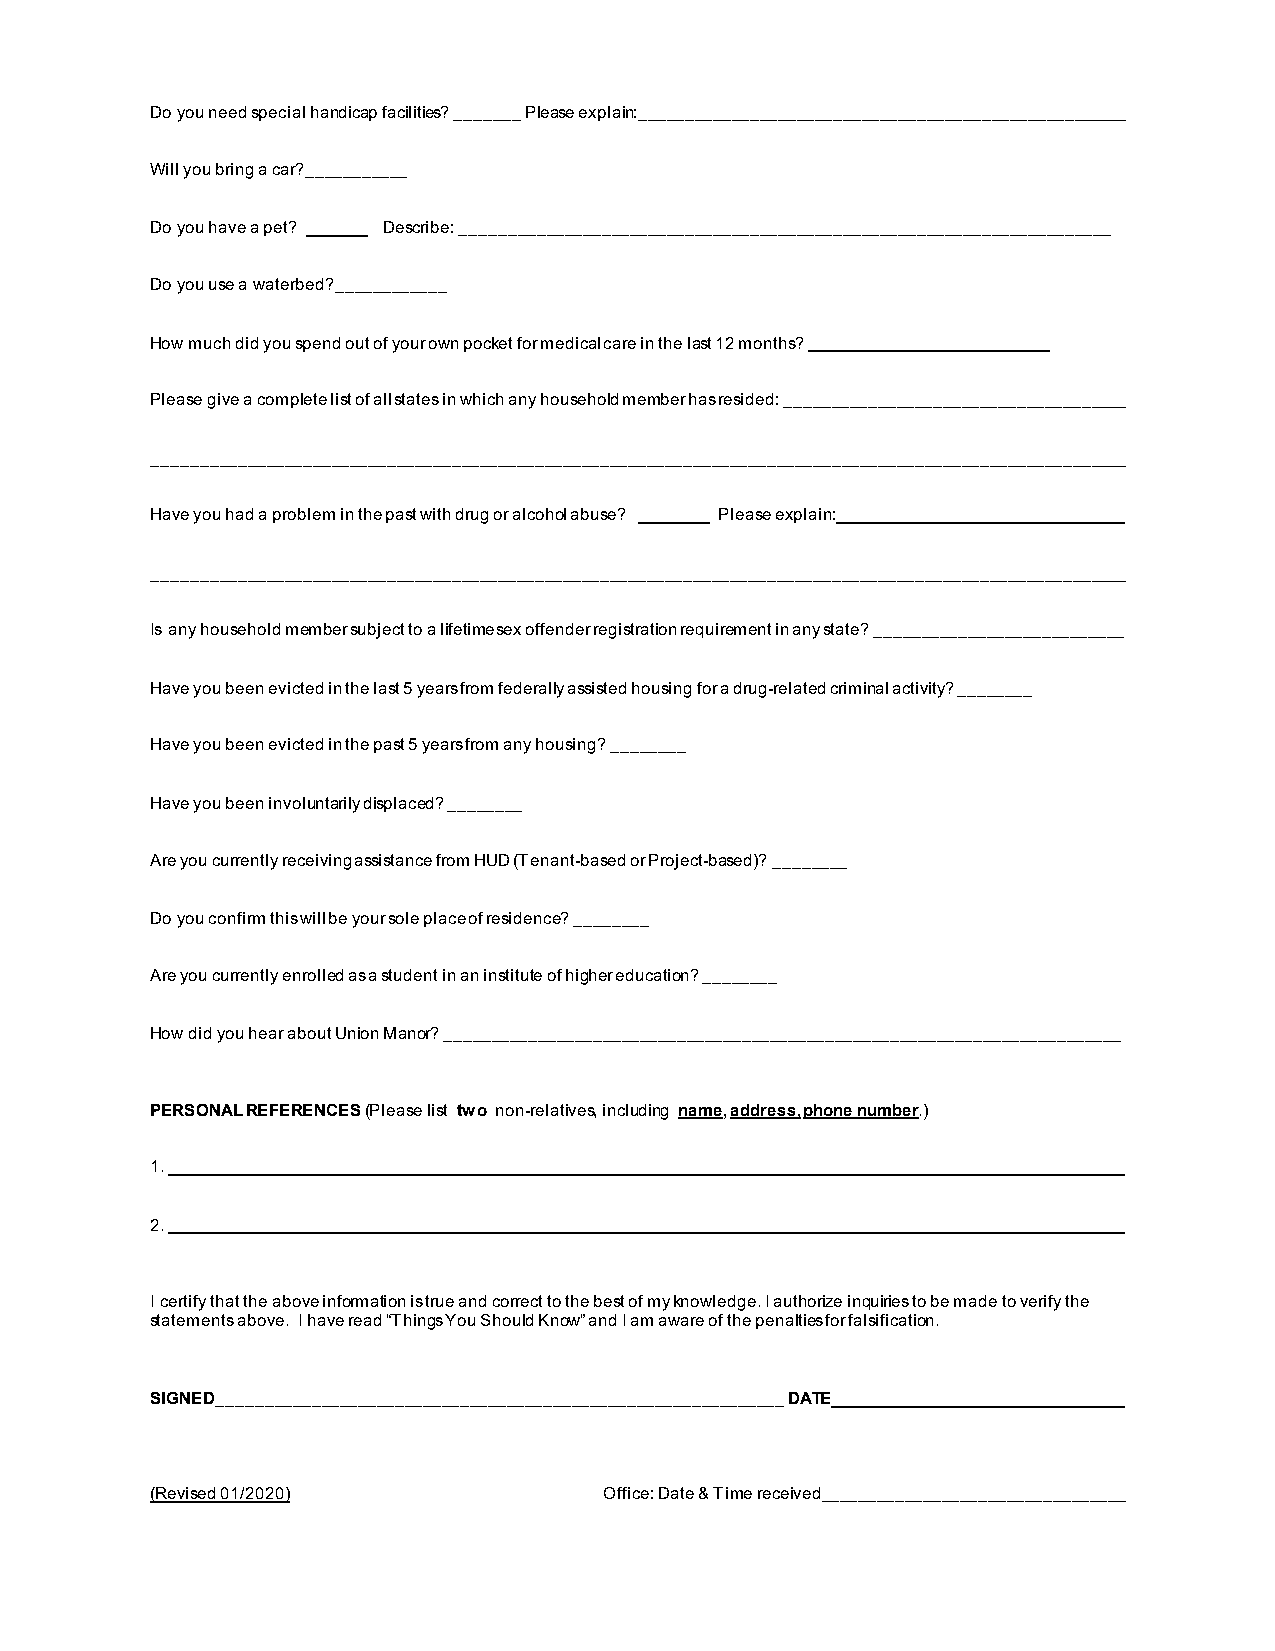
Do you need special handicap facilities? _______ Please explain:_____________________________________________________
 Will you bring a car?___________
 Do you have a pet? Describe: ______________________________________________________________________
 Do you use a waterbed?____________
 How much did you spend out of your own pocket for medical care in the last 12 months?
 Please give a complete list of all states in which any household member has resided: _____________________________________
 _________________________________________________________________________________________________________
 Have you had a problem in the past with drug or alcohol abuse? Please explain:
 _________________________________________________________________________________________________________
 Is any household member subject to a lifetime sex offender registration requirement in any state? ___________________________
 Have you been evicted in the last 5 years from federally assisted housing for a drug-related criminal activity? ________
 Have you been evicted in the past 5 years from any housing? ________
 Have you been involuntarily displaced? ________
 Are you currently receiving assistance from HUD (Tenant-based or Project-based)? ________
 Do you confirm this will be your sole place of residence? ________
 Are you currently enrolled as a student in an institute of higher education? ________
 How did you hear about Union Manor? _________________________________________________________________________
 PERSONAL REFERENCES (Please list two non-relatives, including name, address, phone number.)
 1.
 2.
 I certify that the above information is true and correct to the best of my knowledge. I authorize inquiries to be made to verify the
 statements above. I have read “Things You Should Know” and I am aware of the penalties for falsification.
 SIGNED_____________________________________________________________ DATE
 (Revised 01/2020)             Office: Date & Time received_________________________________